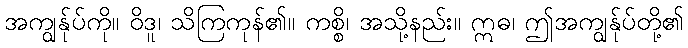
အကျွန်ုပ်ကို။ ဝိဒူ၊ သိကြကုန်၏။ ကစ္စိ၊ အသို့နည်း။ ဣဓ၊ ဤအကျွန်ုပ်တို့၏